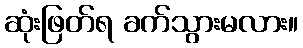
ဆုံးဖြတ်ရ ခက်သွားမလား။